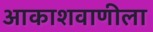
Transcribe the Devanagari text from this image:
आकाशवाणीला